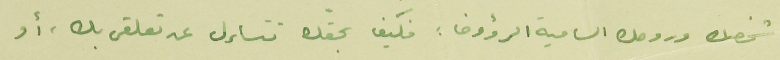
شخصك وروحك السامية الرؤوف : فكيف بحقّك تتساءل عن تعلقى بك، أو